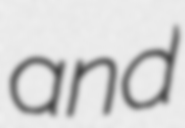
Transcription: and